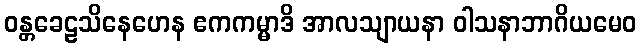
ဝန္တခေဠသိနေဟေန ဧကကမ္မာဒိ အာလသျာယနာ ဝါသနာဘာဂိယမေဝ